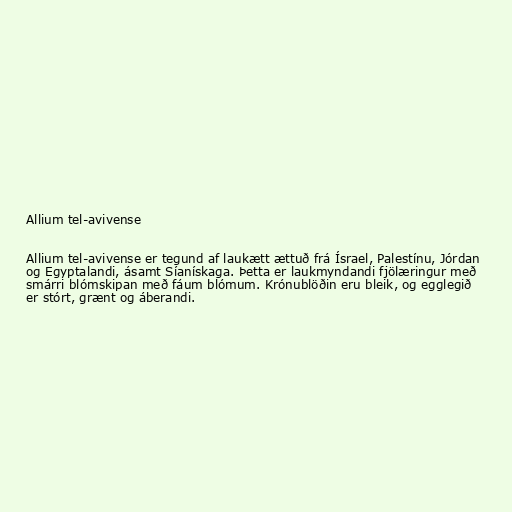
Allium tel-avivense

Allium tel-avivense er tegund af laukætt ættuð frá Ísrael, Palestínu, Jórdan
og Egyptalandi, ásamt Síanískaga. Þetta er laukmyndandi fjölæringur með
smárri blómskipan með fáum blómum. Krónublöðin eru bleik, og egglegið
er stórt, grænt og áberandi.